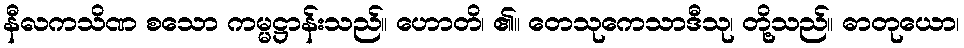
နီလကသိဏ စသော ကမ္မဋ္ဌာန်းသည်။ ဟောတိ၊ ၏။ တေသုကေသာဒီသု၊ တို့သည်။ ဓာတုယော၊